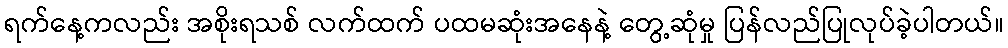
ရက်နေ့ကလည်း အစိုးရသစ် လက်ထက် ပထမဆုံးအနေနဲ့ တွေ့ဆုံမှု ပြန်လည်ပြုလုပ်ခဲ့ပါတယ်။